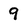
Character: 9